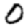
Digit: 0